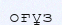
оғұз